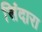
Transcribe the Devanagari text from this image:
सिंदारा